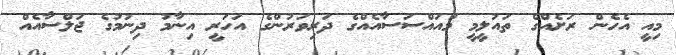
މިއީ އެހެން ރަށެއްގެ ތައުލީމީ މުއައްސަސާއެއްގެ ދަރިވަރުންގެ އަހަރީ އިނާމު ދިނުމުގެ ޖަލްސާއެއް